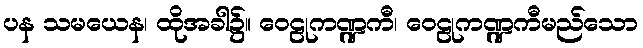
ပန သမယေန၊ ထိုအခါ၌။ ဝေဠုကဏ္ဍကီ၊ ဝေဠုကဏ္ဍကီမည်သော